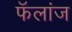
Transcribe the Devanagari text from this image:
फॅलांज